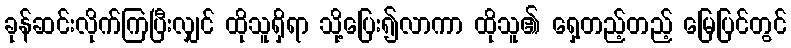
ခုန်ဆင်းလိုက်ကြပြီးလျှင် ထိုသူရှိရာ သို့ပြေး၍လာကာ ထိုသူ၏ ရှေ့တည့်တည့် မြေပြင်တွင်